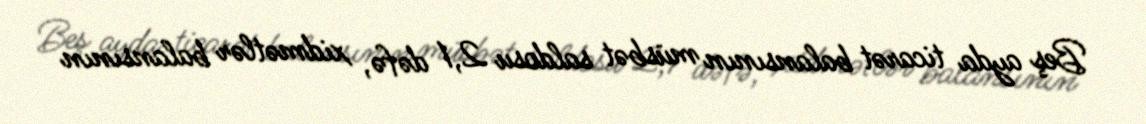
Beş ayda ticarət balansının müsbət saldosu 2,1 dəfə, xidmətlər balansının